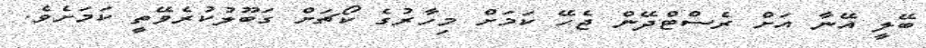
ބޭލީ އޭނާ އަށް ރެސްޓްދޭން ޖެހޭ ކަމަށް މިހާރުގެ ކޯޗަށް ގަބޫލުކުރެވޭތީ ކަމަށެވެ.